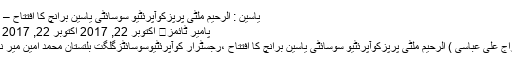
یاسین : الرحیم ملٹی پرپزکوآپرئٹیو سوسائٹی یاسین برانچ کا افتتاح – پامیر ٹائمز
پامیر ٹائمز	 اکتوبر 22, 2017 اکتوبر 22, 2017 0 تبصرے
یاسین (معراج علی عباسی ) الرحیم ملٹی پرپزکوآپرئٹیو سوسائٹی یاسین برانچ کا افتتاح ،رجسٹرار کوآپرئٹیوسوسائٹزگلگت بلتستان محمد امین میر نے فتہ کاٹا۔